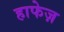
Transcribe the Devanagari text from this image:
हाफेज़